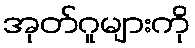
အုတ်ဂူများကို